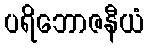
ပရိဘောဇနီယံ